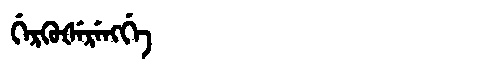
Manchu: ᡤᡝᡵᡴᡠᡧᡝᡵᡝᠩᡤᡝ
Romanization: GERKUŠERENGGE